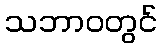
သဘာဝတွင်